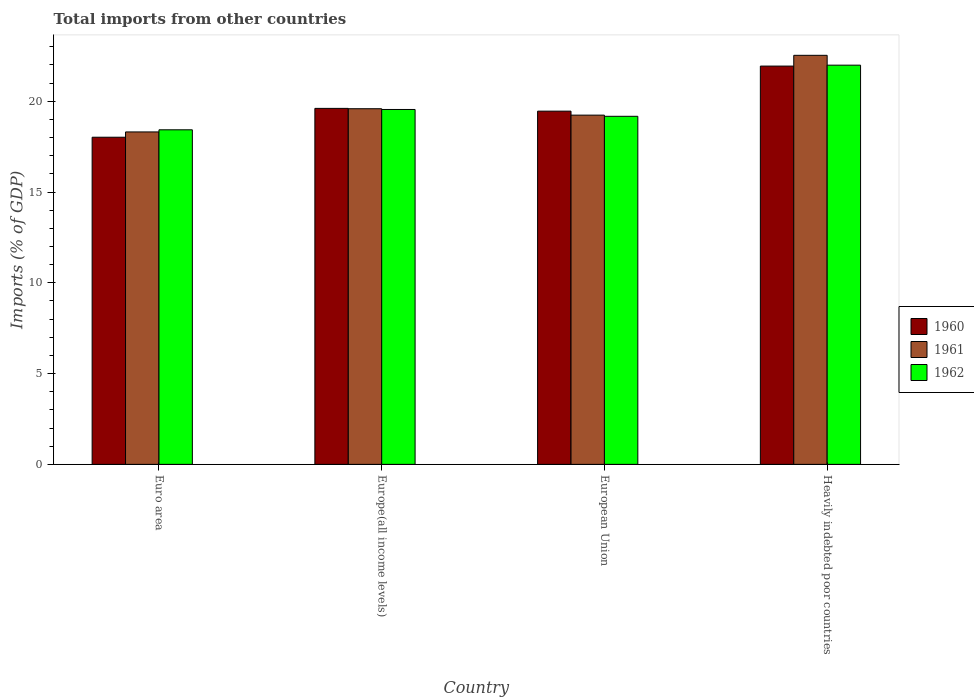
| Country | 1960 | 1961 | 1962 |
 | --- | --- | --- | --- |
 | Euro area | 18 | 18.3 | 18.4 |
 | Europe(all income levels) | 19.6 | 19.6 | 19.5 |
 | European Union | 19.5 | 19.2 | 19.2 |
 | Heavily indebted poor countries | 21.9 | 22.5 | 22 |